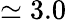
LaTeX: \simeq 3.0